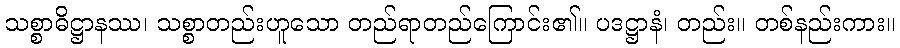
သစ္စာဓိဋ္ဌာနဿ၊ သစ္စာတည်းဟူသော တည်ရာတည်ကြောင်း၏။ ပဒဋ္ဌာနံ၊ တည်း။ တစ်နည်းကား။